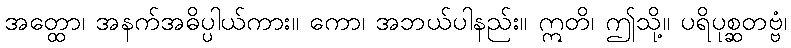
အတ္ထော၊ အနက်အဓိပ္ပါယ်ကား။ ကော၊ အဘယ်ပါနည်း။ ဣတိ၊ ဤသို့။ ပရိပုစ္ဆတဗ္ဗံ၊